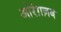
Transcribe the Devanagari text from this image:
ओरंग़ज़ब